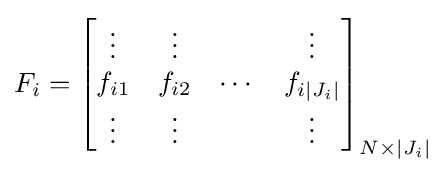
F_{i}={\begin{bmatrix}\vdots &\vdots &&\vdots \\f_{i1}&f_{i2}&\cdots &f_{i|J_{i}|}\\\vdots &\vdots &&\vdots \\\end{bmatrix}}_{N\times |J_{i}|}